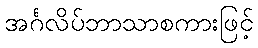
အင်္ဂလိပ်ဘာသာစကားဖြင့်